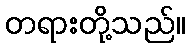
တရားတို့သည်။